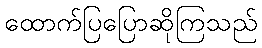
ထောက်ပြပြောဆိုကြသည်